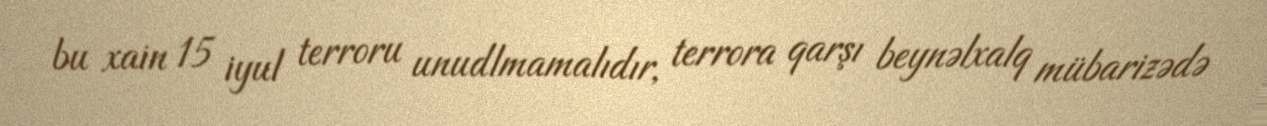
bu xain 15 iyul terroru unudlmamalıdır, terrora qarşı beynəlxalq mübarizədə